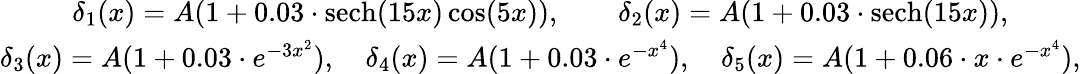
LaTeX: \begin{array}{c}{\delta_{1}(x)=A(1+0.03\cdot\mathrm{sech}(15x)\cos(5x)),\qquad\delta_{2}(x)=A(1+0.03\cdot\mathrm{sech}(15x)),}\\ {\delta_{3}(x)=A(1+0.03\cdot e^{-3x^{2}}),\quad\delta_{4}(x)=A(1+0.03\cdot e^{-x^{4}}),\quad\delta_{5}(x)=A(1+0.06\cdot x\cdot e^{-x^{4}}),}\end{array}